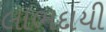
લાભદાયી